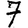
Digit: 7